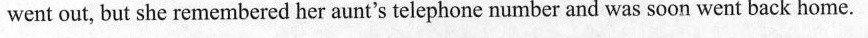
went out, but she remembered her aunt's telephone number and was soon went back home.